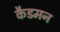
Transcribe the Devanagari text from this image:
कैडमन